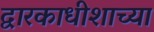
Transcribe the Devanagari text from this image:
द्वारकाधीशाच्या